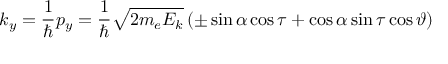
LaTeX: k _ { y } = { \frac { 1 } { \hbar } } p _ { y } = { \frac { 1 } { \hbar } } { \sqrt { 2 m _ { e } E _ { k } } } \, ( \pm \sin \alpha \cos \tau + \cos \alpha \sin \tau \cos \vartheta )